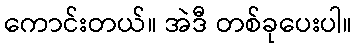
ကောင်းတယ်။ အဲဒီ တစ်ခုပေးပါ။